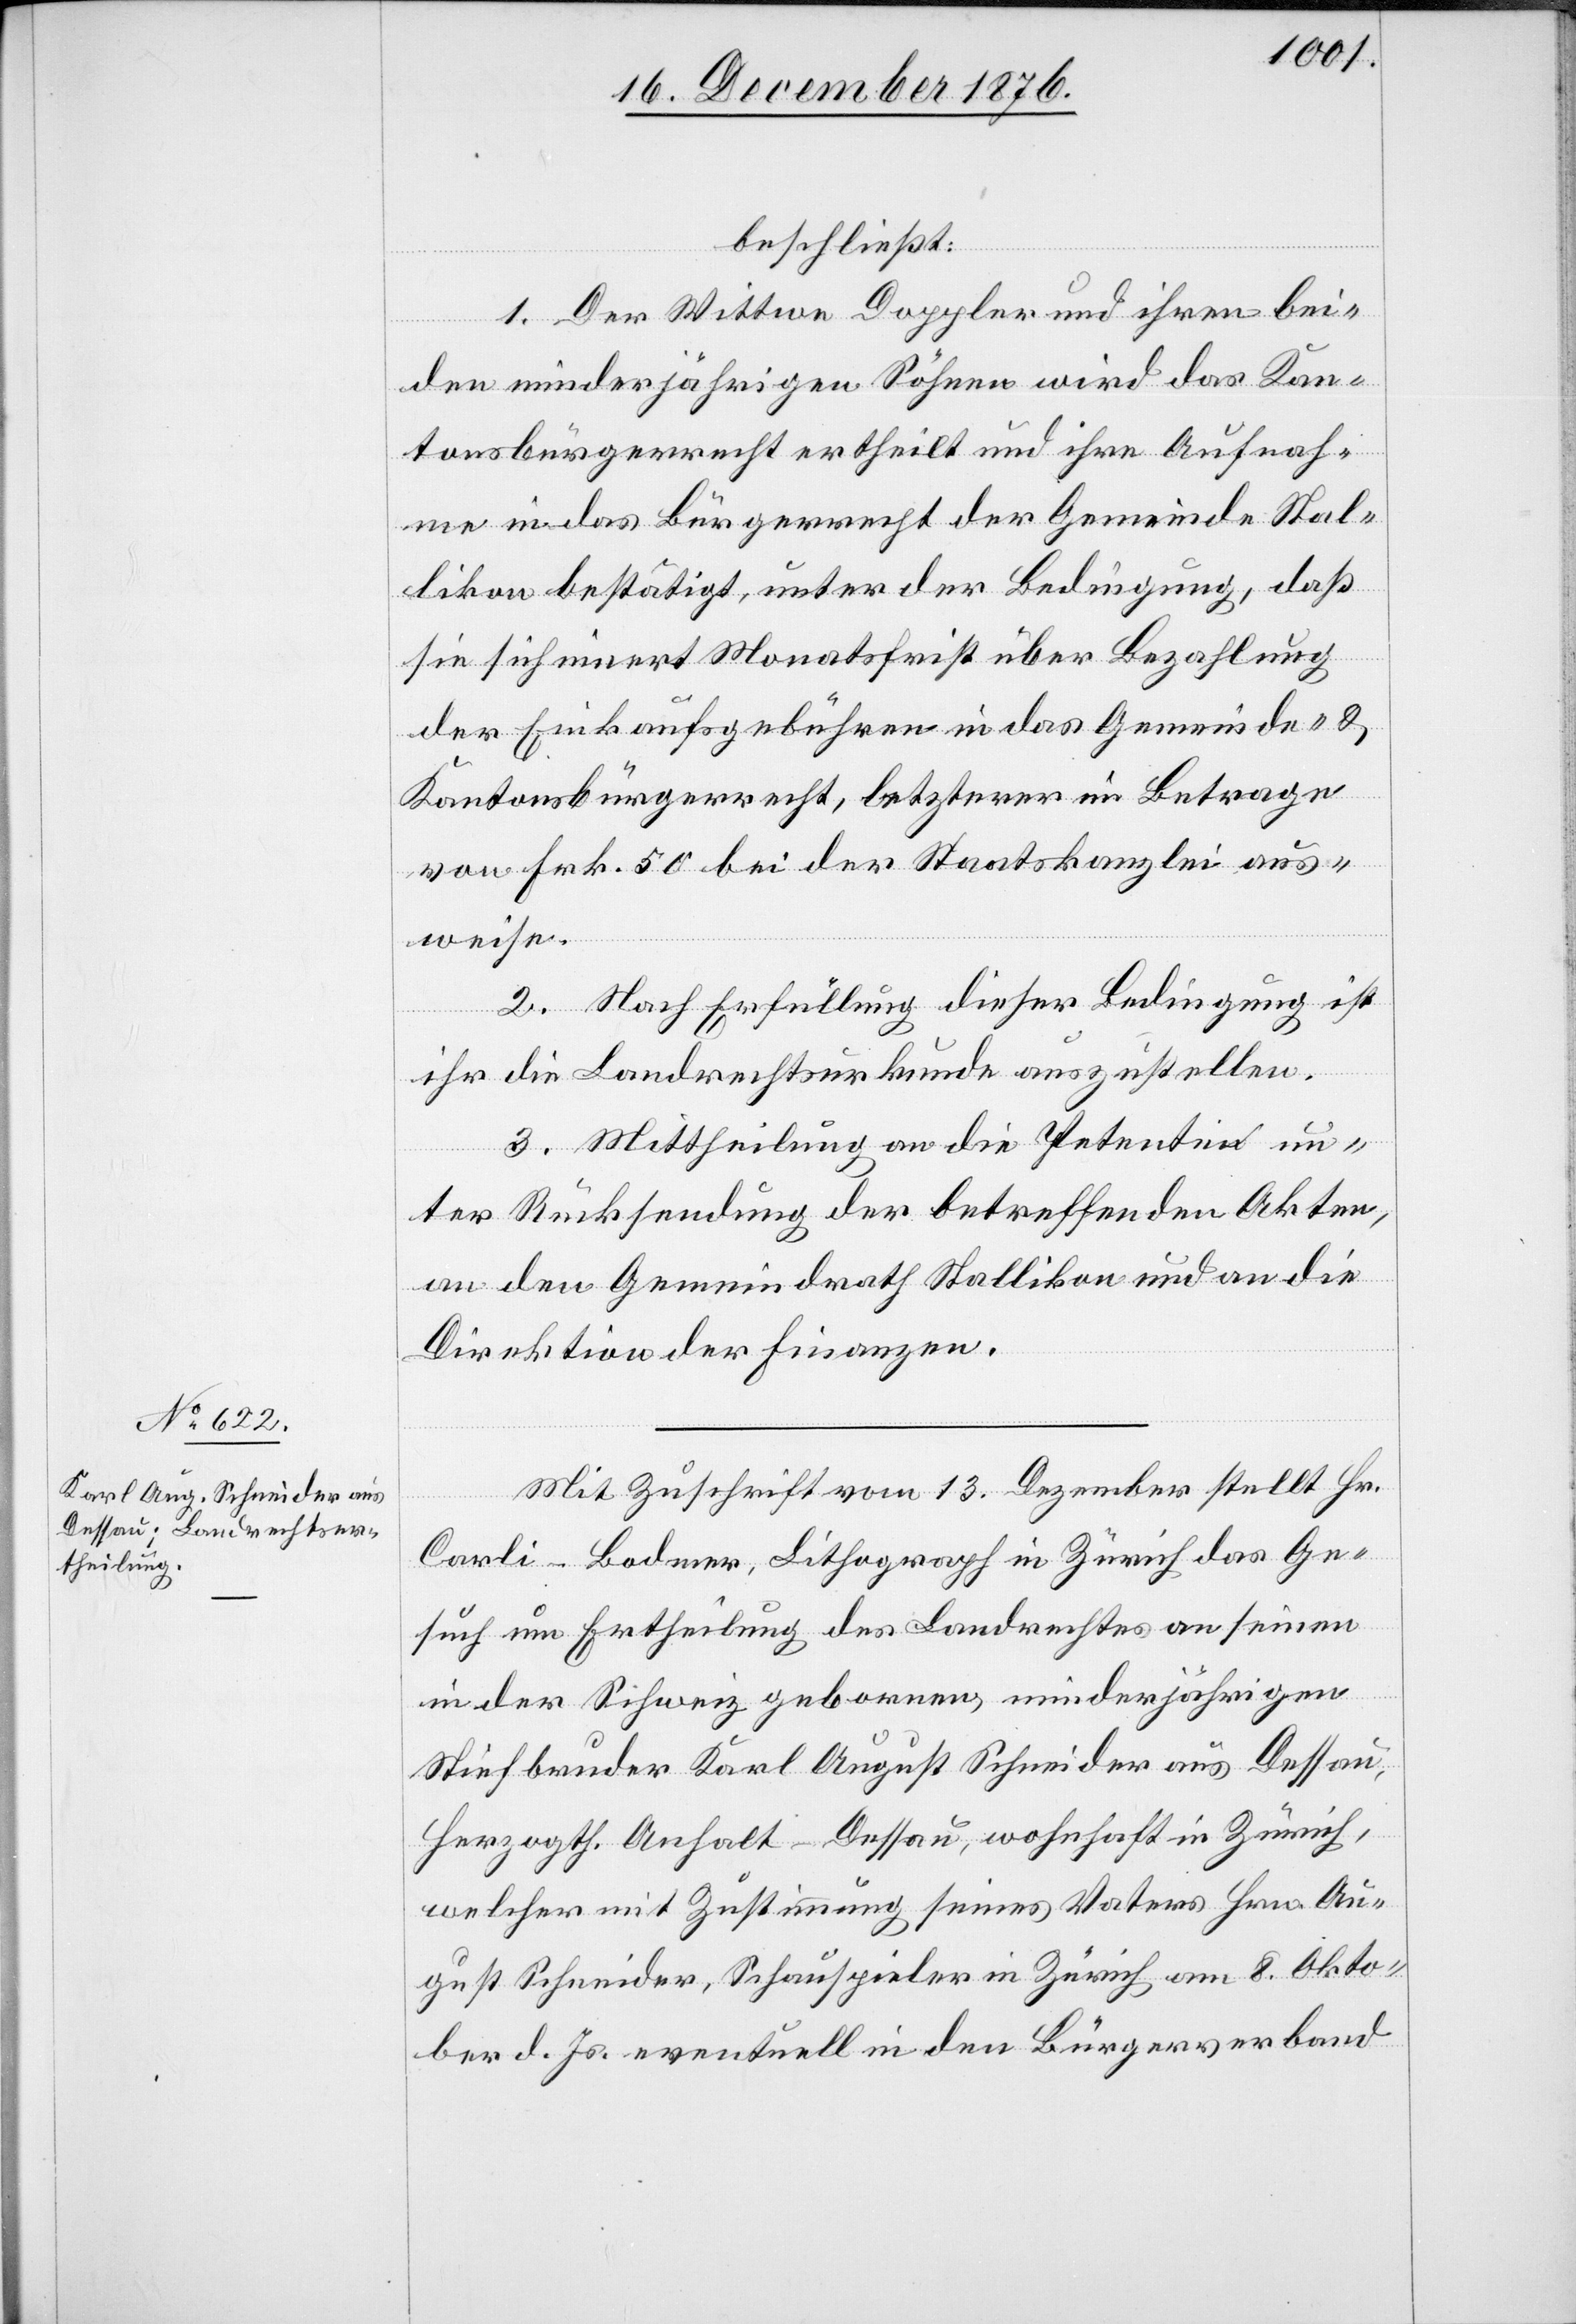
beschließt:
1. Der Wittwe Doppler und ihren bei¬
den minderjährigen Söhnen wird das Kan¬
tonsbürgerrecht ertheilt und ihre Aufnah¬
me in das Bürgerrecht der Gemeinde Stal¬
likon bestätigt, unter der Bedingung, daß
sie sich innert Monatsfrist über Bezahlung
der Einkaufsgebühren in das Gemeinde- &
Kantonsbürgerrecht, letzterer im Betrage
von Frk. 50 bei der Staatskanzlei aus¬
weise.
2. Nach Erfüllung dieser Bedingung ist
ihm die Landrechtsurkunde auszustellen.
3. Mittheilung an die Petentin un¬
ter Rücksendung der betreffenden Akten,
an den Gemeindrath Stallikon und an die
Direktion der Finanzen.
Mit Zuschrift vom 13. Dezember stellt Hr.
Carli-Bodmer, Lithograph in Zürich das Ge¬
such um Ertheilung des Landrechtes an seinen
in der Schweiz geborenen, minderjährigen
Stiefbruder Karl August Schneider aus Dessau,
Herzogth. Anhalt-Dessau, wohnhaft in Zürich,
welcher mit Zustimmung seines Vaters Hrn. Au¬
gust Schneider, Schauspieler in Zürich am 8. Okto¬
ber d. Js. eventuell in den Bürgerverband